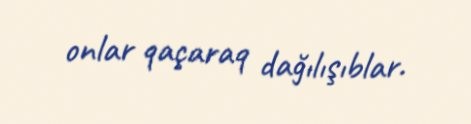
onlar qaçaraq dağılışıblar.